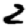
Digit: 2